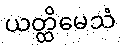
ယတ္ထိမေသံ